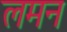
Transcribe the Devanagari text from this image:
लमन